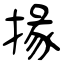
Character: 掾